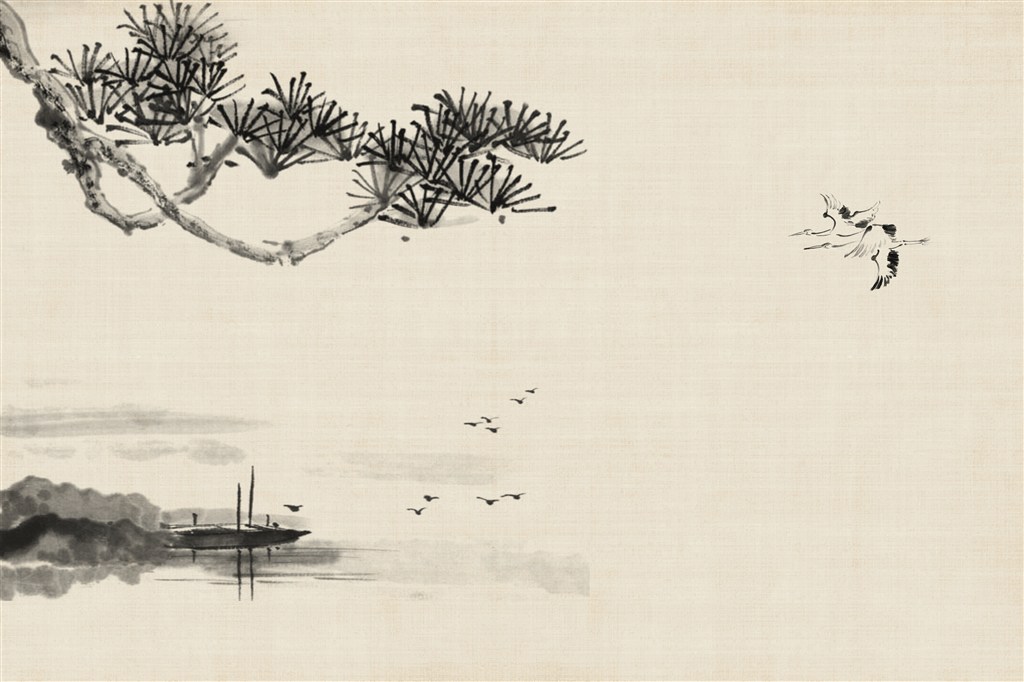
解落三秋叶，能开二月花。